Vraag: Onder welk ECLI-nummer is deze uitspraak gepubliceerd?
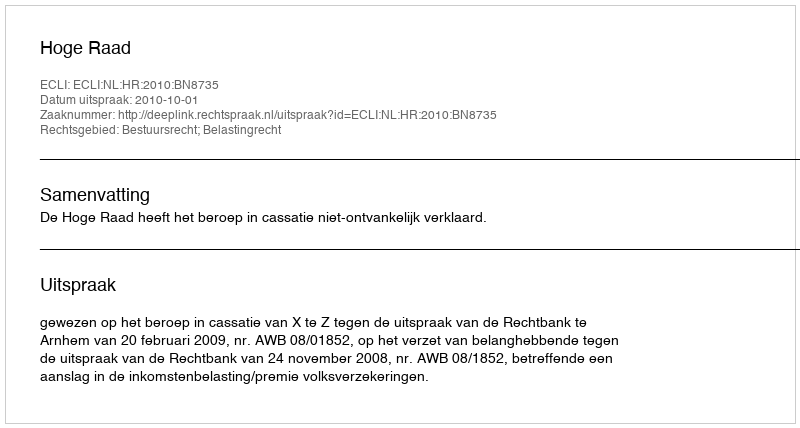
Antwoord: ECLI:NL:HR:2010:BN8735